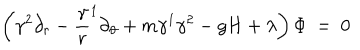
LaTeX: \left( \gamma ^ { 2 } \partial _ { r } - { \frac \gamma r } ^ { 1 } \partial _ { \vartheta } + m \gamma ^ { 1 } \gamma ^ { 2 } - g H + \lambda \right) \Phi ~ = ~ 0